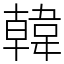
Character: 韓